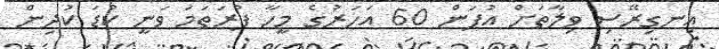
އިނގިރޭސި ވިލާތަށް އުފަން 60 އަހަރުގެ މީހާ ފުރަތަމަ ވަނީ ކުޑަ ކުދިން